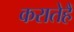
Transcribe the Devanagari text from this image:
करातेहैं